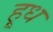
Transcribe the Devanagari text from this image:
हूध